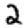
Digit: 2